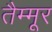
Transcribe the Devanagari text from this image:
तैम्मूर